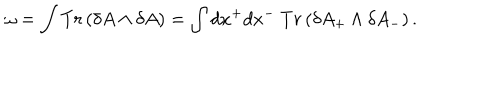
LaTeX: \omega = \int T r \left( \delta A \wedge \delta A \right) = \int d x ^ { + } d x ^ { - } ~ T r \left( \delta A _ { + } \wedge \delta A _ { - } \right) .